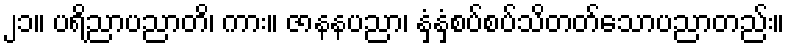
၂၁။ ပရိညာပညာတိ၊ ကား။ ဇာနနပညာ၊ နှံ့နှံ့စပ်စပ်သိတတ်သောပညာတည်း။